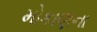
મોકાણના